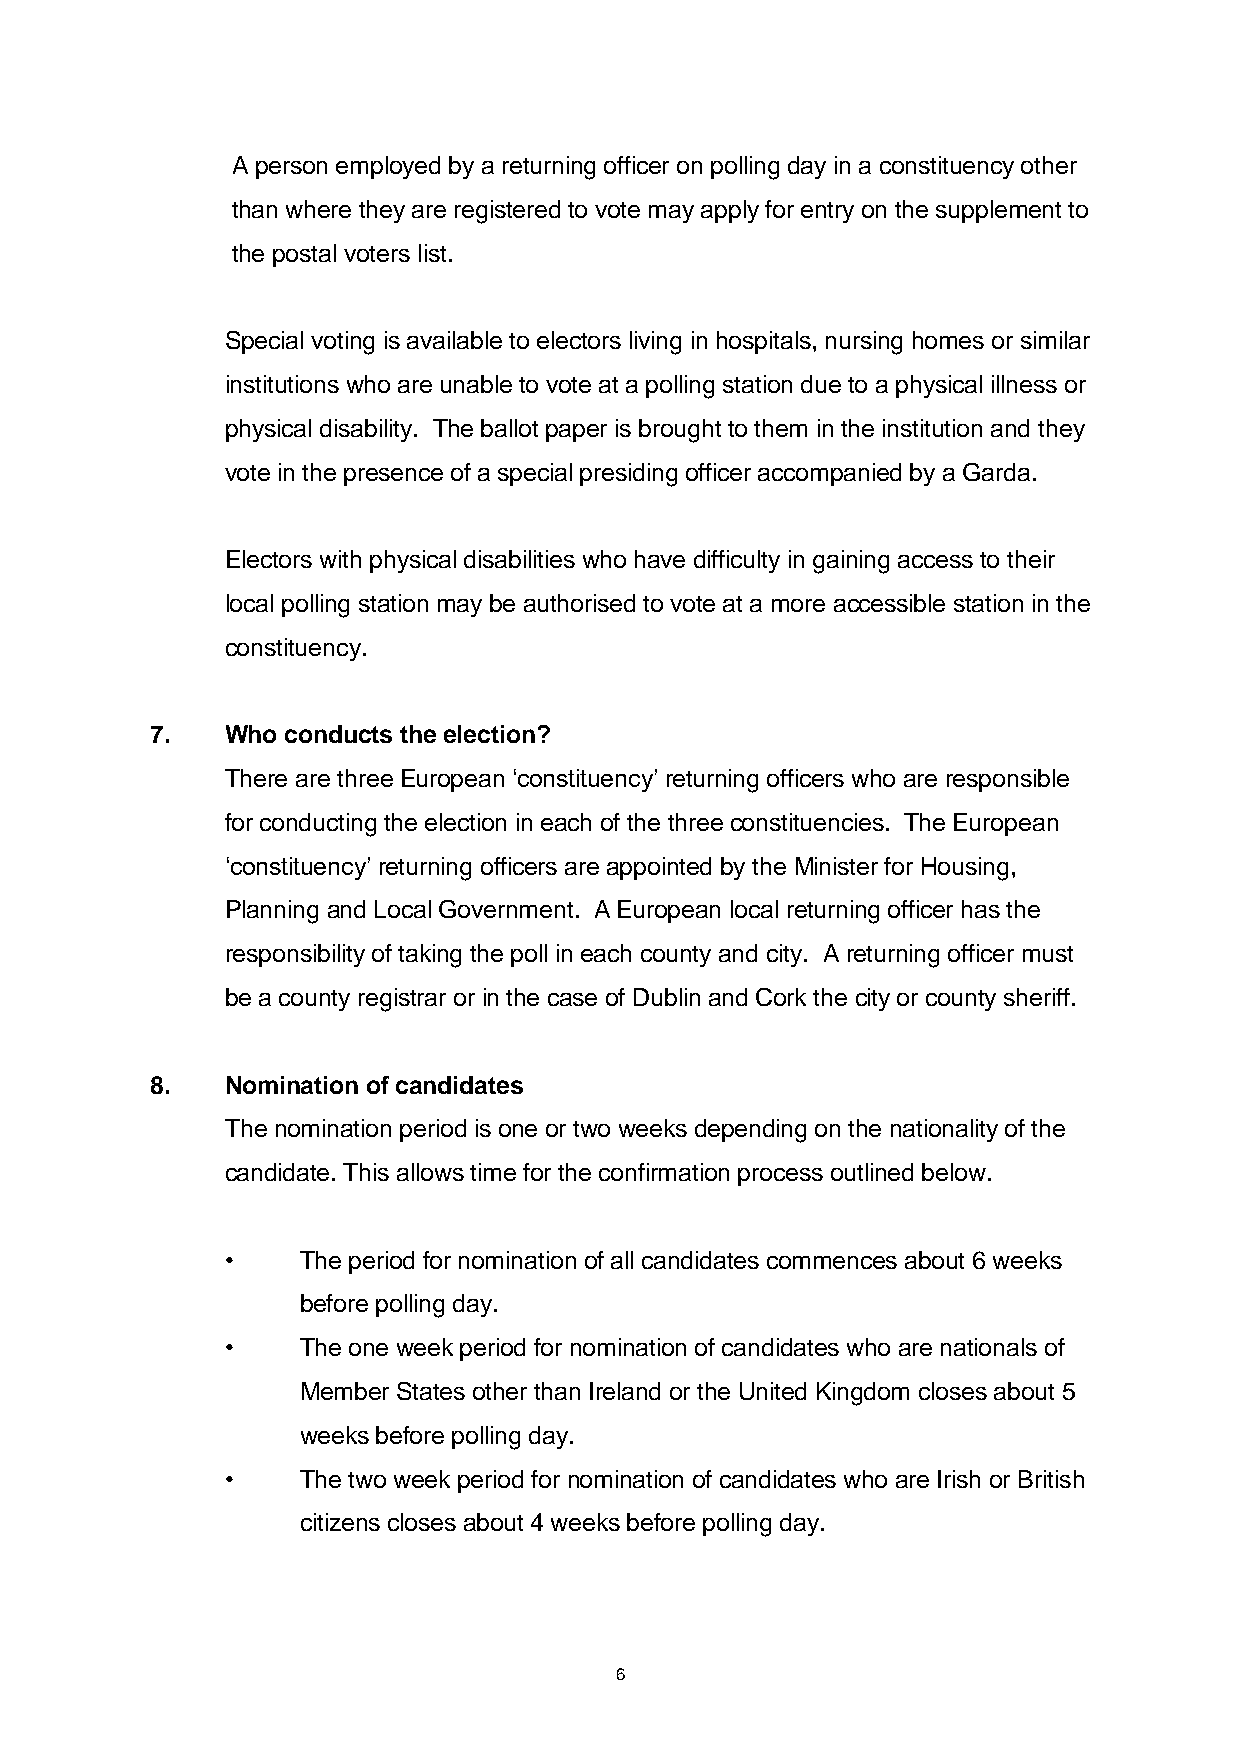
A person employed by a returning officer on polling day in a constituency other
 than where they are registered to vote may apply for entry on the supplement to
 the postal voters list.
 Special voting is available to electors living in hospitals, nursing homes or similar
 institutions who are unable to vote at a polling station due to a physical illness or
 physical disability. The ballot paper is brought to them in the institution and they
 vote in the presence of a special presiding officer accompanied by a Garda.
 Electors with physical disabilities who have difficulty in gaining access to their
 local polling station may be authorised to vote at a more accessible station in the
 constituency.
 7.   Who conducts the election?
 There are three European ‘constituency’ returning officers who are responsible
 for conducting the election in each of the three constituencies. The European
 ‘constituency’ returning officers are appointed by the Minister for Housing,
 Planning and Local Government. A European local returning officer has the
 responsibility of taking the poll in each county and city. A returning officer must
 be a county registrar or in the case of Dublin and Cork the city or county sheriff.
 8.   Nomination of candidates
 The nomination period is one or two weeks depending on the nationality of the
 candidate. This allows time for the confirmation process outlined below.
 •    The period for nomination of all candidates commences about 6 weeks
 before polling day.
 •    The one week period for nomination of candidates who are nationals of
 Member States other than Ireland or the United Kingdom closes about 5
 weeks before polling day.
 •    The two week period for nomination of candidates who are Irish or British
 citizens closes about 4 weeks before polling day.
 6